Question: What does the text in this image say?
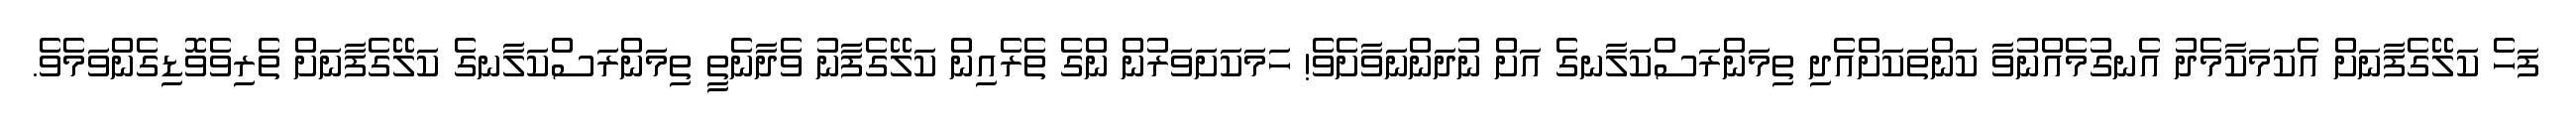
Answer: ފަހެ ކަލޭގެފާނަށް އެކަމަކާމެދު އެނގުމެއްނުވާ ކަންތަކަށްއެދި ތިމަންރަސްކަލާނގެ އަށް ނުދަންނަވާށެވެ! ހަމަކަށަވަރުން ންގެ ތެރެއިން ކަލޭގެފާނު ވެދާނެތީ ތިމަންރަސްކަލާނގެ ކަލޭގެފާނަށް ތެރިވެވޮޑިގެންވަމެވެ.